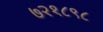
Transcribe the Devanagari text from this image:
७२१८९८